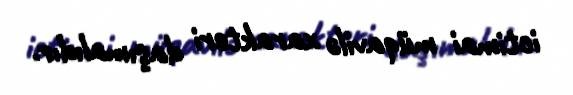
ictimai müqavilə xarakteri daşımalıdır.